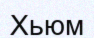
Хьюм